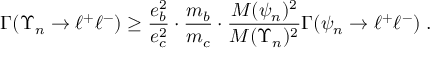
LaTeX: \Gamma ( \Upsilon _ { n } \rightarrow \ell ^ { + } \ell ^ { - } ) \ge \frac { e _ { b } ^ { 2 } } { e _ { c } ^ { 2 } } \cdot \frac { m _ { b } } { m _ { c } } \cdot \frac { M ( \psi _ { n } ) ^ { 2 } } { M ( \Upsilon _ { n } ) ^ { 2 } } \Gamma ( \psi _ { n } \rightarrow \ell ^ { + } \ell ^ { - } ) \; .